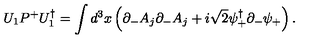
U _ { 1 } P ^ { + } U _ { 1 } ^ { \dagger } = \int d ^ { 3 } x \left( \partial _ { - } A _ { j } \partial _ { - } A _ { j } + i \sqrt { 2 } \psi _ { + } ^ { \dagger } \partial _ { - } \psi _ { + } \right) .